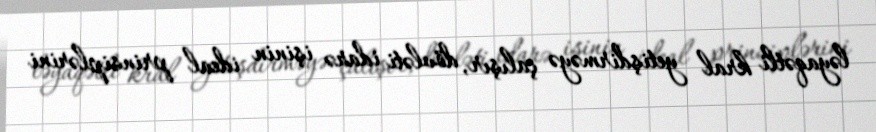
ləyaqətli kral yetişdirməyə çalışır, dövləti idarə işinin ideal prinsiplərini